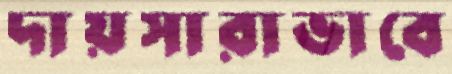
দায়সারাভাবে